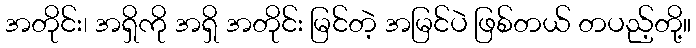
အတိုင်း၊ အရှိကို အရှိ အတိုင်း မြင်တဲ့ အမြင်ပဲ ဖြစ်တယ် တပည့်တို့။